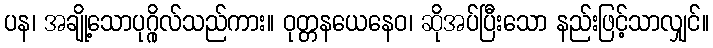
ပန၊ အချို့သောပုဂ္ဂိုလ်သည်ကား။ ဝုတ္တနယေနေဝ၊ ဆိုအပ်ပြီးသော နည်းဖြင့်သာလျှင်။